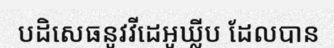
បដិសេធនូវវីដេអូឃ្លីប ដែលបាន